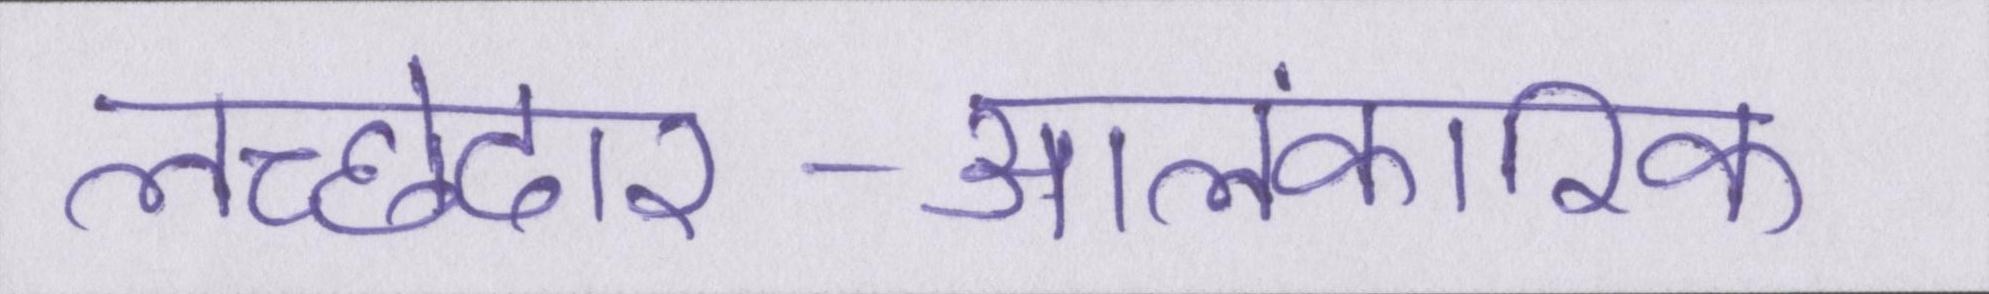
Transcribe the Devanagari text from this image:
लच्छेदार-आलंकारिक